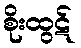
စိုးထွဋ်